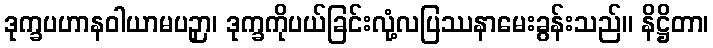
ဒုက္ခပဟာနဝါယာမပဉှာ၊ ဒုက္ခကိုပယ်ခြင်းလုံ့လပြဿနာမေးခွန်းသည်။ နိဋ္ဌိတာ၊